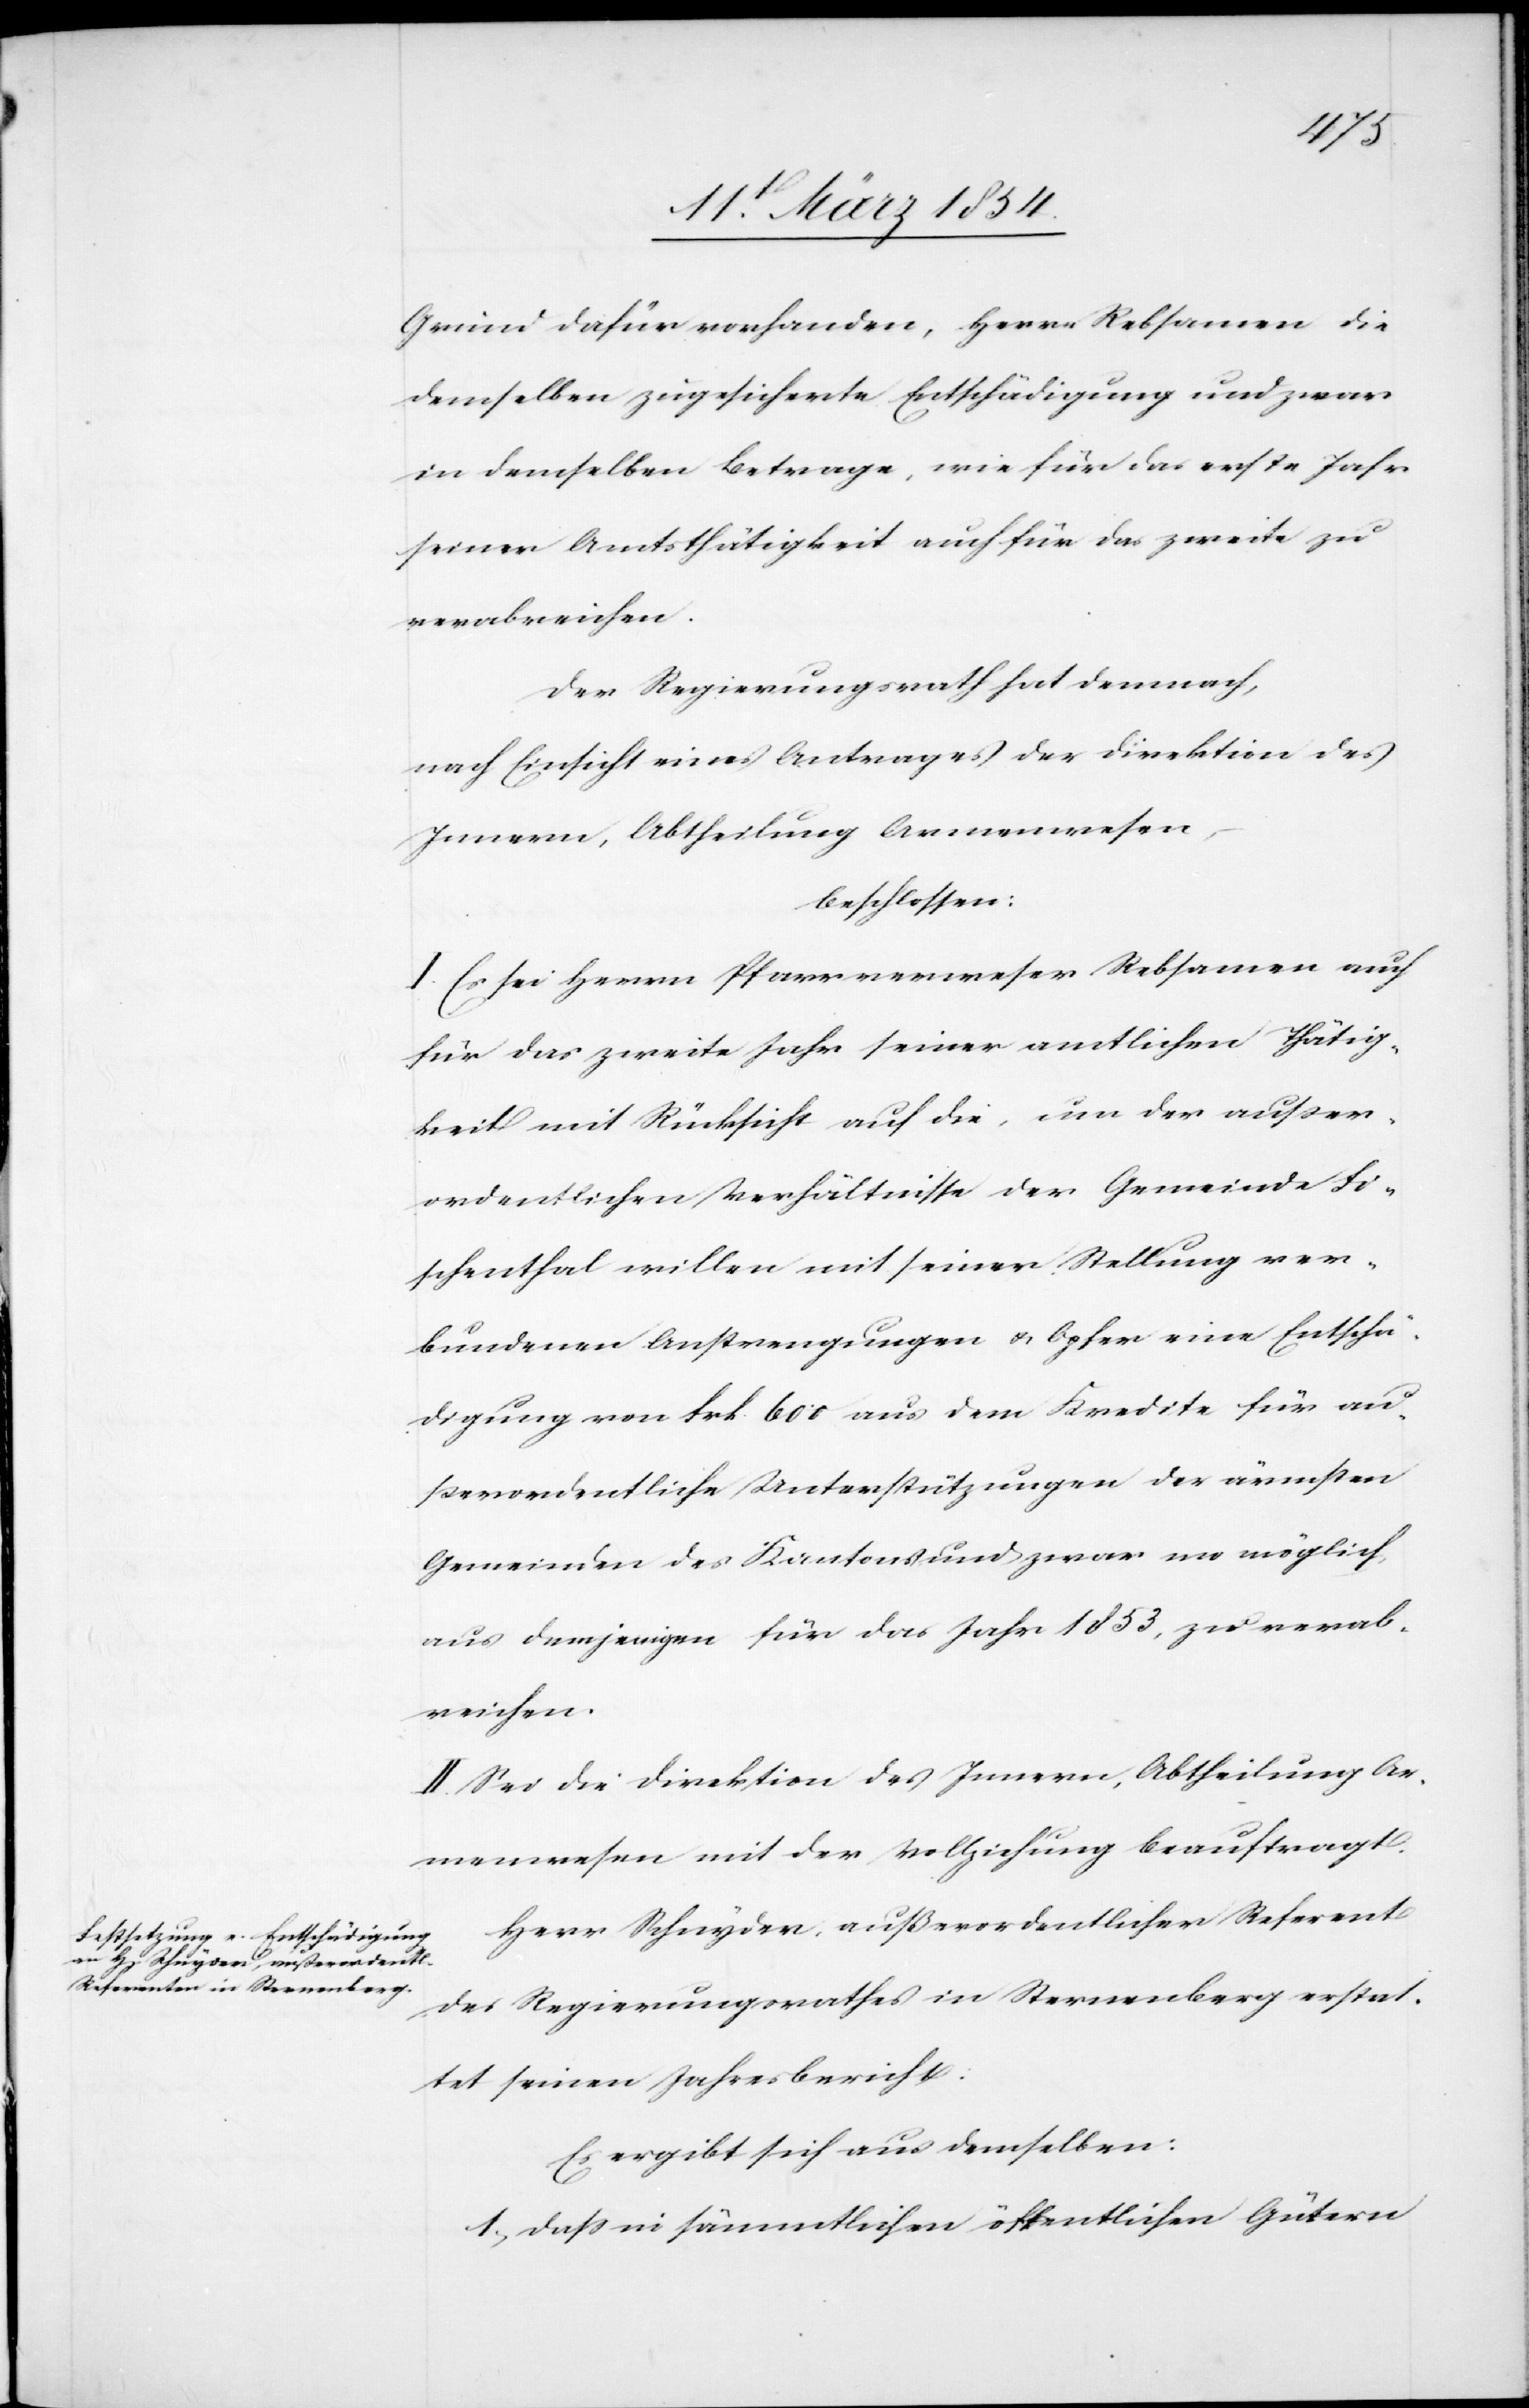
Grund dafür vorhanden, Herrn Rebsamen die
demselben zugesicherte Entschädigung und zwa¬
r denselben Betrage, wie für das erste Jahr
seiner Amtsthätigkeit auch für das zweite zu
verabreichen.
Der Regierungsrath hat demnach,
nach Einsicht eines Antrages der Direktion des
Innern, Abtheilung Armenwesen,
beschlossen:
I. Es sei Herrn Pfarrverweser Rebsamen auch
für das zweite Jahr seiner amtlichen Thätig¬
keit mit Rücksicht auf die, um der außer¬
ordentlichen Verhältnisse der Gemeinde Fi¬
schenthal willen mit seiner Stellung ver¬
bundenen Anstrengungen & Opfer eine Entschä¬
digung von Frk. 600 aus dem Kredite für au¬
ßerordentliche Unterstützungen der ärmsten
Gemeinden des Kantons und zwar wo möglich,
aus demjenigen für das Jahr 1853, zu verab¬
reichen.
II. Sei die Direktion des Innern, Abtheilung Ar¬
menwesen mit der Vollziehung beauftragt.
Herr Schnyder, außerordentlicher Referent
des Regierungsrathes in Sternenberg erstat¬
tet seinen Jahresbericht:
Es ergibt sich aus demselben:
1; daß in sämmtlichen öffentlichen Gütern